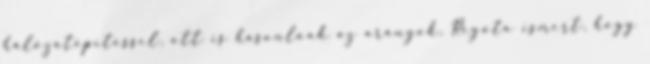
hálózatépítéssel, ott is hasonlóak az arányok. Régóta ismert, hogy